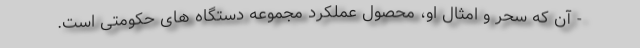
- آن که سحر و امثال او، محصول عملکرد مجموعه دستگاه های حکومتی است.